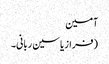
آمین
(فراز یاسین ربانی۔